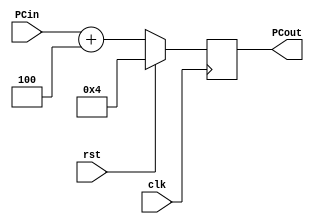
// Program Counter

module PC ( clk, 
			rst,
			PCin, 
			PCout);
	
	parameter bit_size = 18;
	
	input  clk, rst;
	input  [bit_size-1:0] PCin;
	output [bit_size-1:0] PCout;	   
	
	// write your code in here

	reg [bit_size-1:0] PCout;

	initial begin
		PCout = 4;
	end	
	

	always@(posedge clk)
	begin
		if(rst==1)
			PCout <= 4;

		else 	
			PCout <= PCin+4;
	end 
		   
endmodule